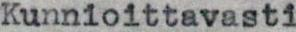
Kunnioittavasti